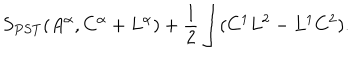
S _ { P S T } ( A ^ { \alpha } , C ^ { \alpha } + L ^ { \alpha } ) + { \frac { 1 } { 2 } } \int ( C ^ { 1 } L ^ { 2 } - L ^ { 1 } C ^ { 2 } ) .